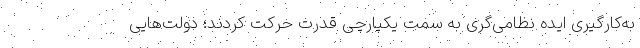
به‌کارگیری ایده نظامی‌گری به سمت یکپارچی قدرت حرکت کردند؛ دولت‌هایی